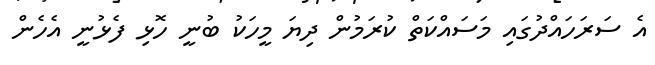
އެ ސަރަހައްދުގައި މަސައްކަތް ކުރަމުން ދިޔަ މީހަކު ބުނީ ހޮޅި ފެޅުނީ އެހެން